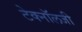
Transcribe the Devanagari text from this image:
टेक्‍नॉलजी